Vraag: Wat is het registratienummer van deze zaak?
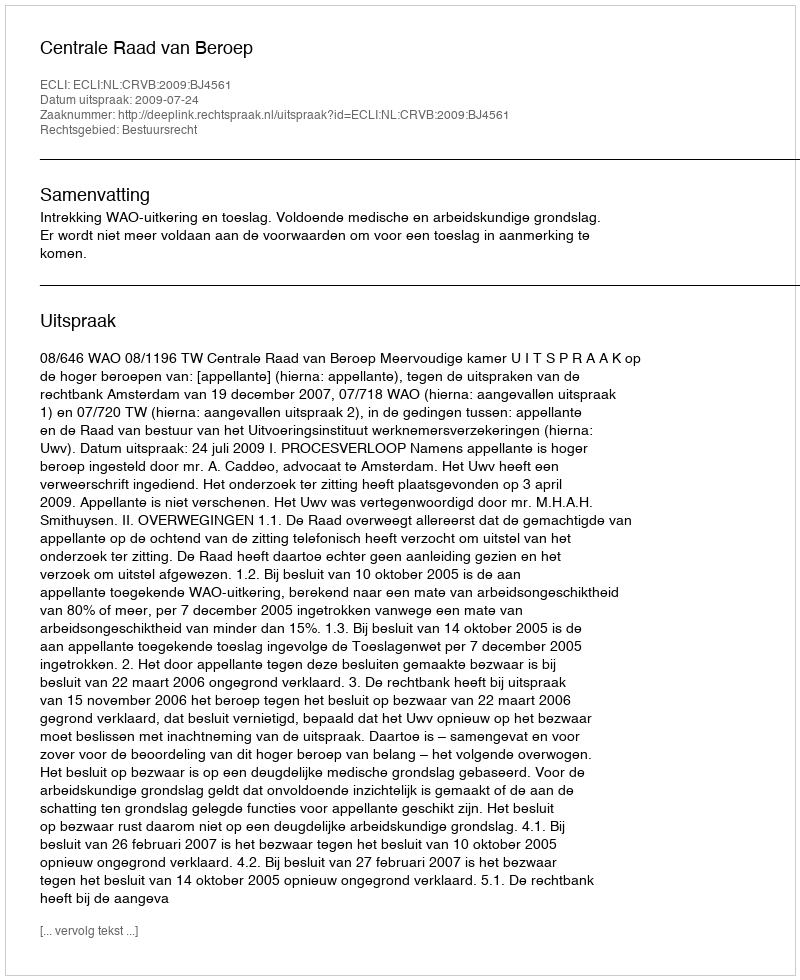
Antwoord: http://deeplink.rechtspraak.nl/uitspraak?id=ECLI:NL:CRVB:2009:BJ4561